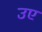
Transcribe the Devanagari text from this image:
उए